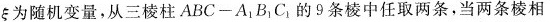
ξ为随机变量，从三棱柱ABC-A_{1}B_{1}C_{1}的9条棱中任取两条，当两条棱相